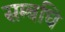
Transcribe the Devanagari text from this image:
सम्बधि